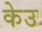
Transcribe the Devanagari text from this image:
केउ